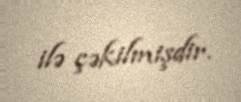
ilə çəkilmişdir.